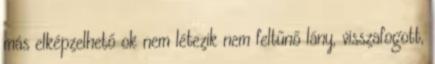
más elképzelhető ok nem létezik nem feltűnő lány, visszafogott,